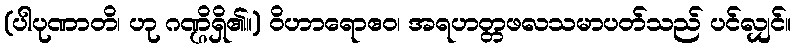
(ပါပုဏာတိ၊ ဟု ဂဏ္ဌိရှိ၏။) ဝိဟာရောဧဝ၊ အရဟတ္တဖလသမာပတ်သည် ပင်လျှင်။